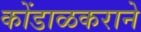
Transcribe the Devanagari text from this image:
कोंडाळकराने